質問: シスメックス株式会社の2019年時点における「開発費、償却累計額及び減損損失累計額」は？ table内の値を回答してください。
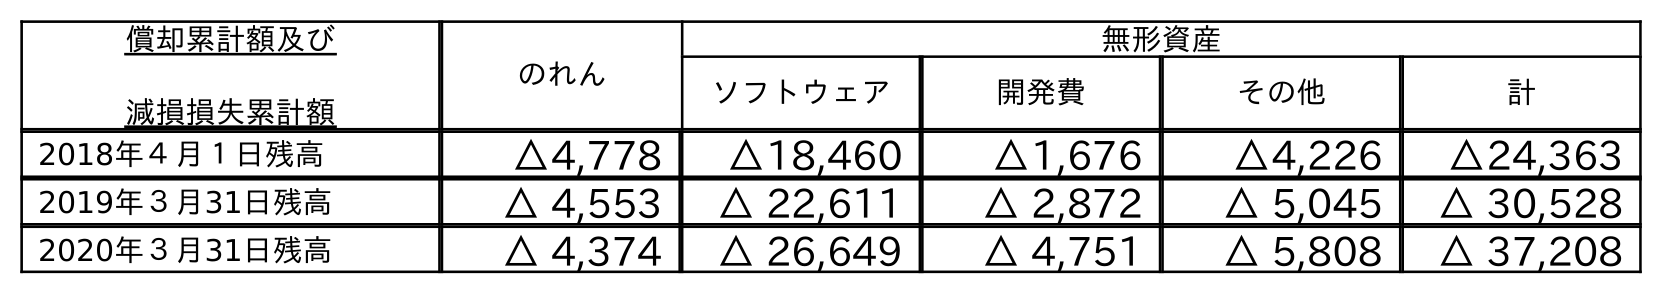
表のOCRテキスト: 償却累計額及び 減損損失累計額 のれん 無形資産 ソフトウェア 開発費 その他 計 2018年４月１日残高 △4,778 △18,460 △1,676 △4,226 △24,363 2019年３月31日残高 △ 4,553 △ 22,611 △ 2,872 △ 5,045 △ 30,528 2020年３月31日残高 △ 4,374 △ 26,649 △ 4,751 △ 5,808 △ 37,208
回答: △2,872